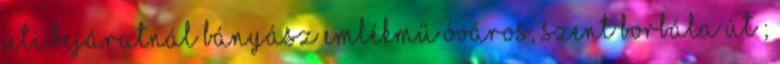
úti bejáratnál Bányász emlékmű Óváros, Szent Borbála út ;